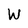
Character: W